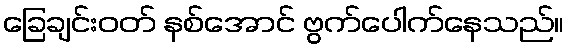
ခြေချင်းဝတ် နစ်အောင် ဗွက်ပေါက်နေသည်။